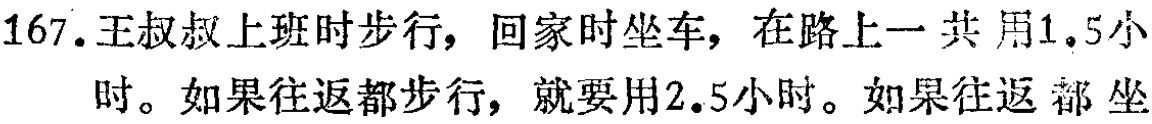
167. 王叔叔上班时步行，回家时坐车，在路上一共用1.5小时。如果往返都步行，就要用2.5小时。如果往返都坐